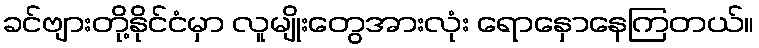
ခင်ဗျားတို့နိုင်ငံမှာ လူမျိုးတွေအားလုံး ရောနှောနေကြတယ်။